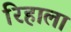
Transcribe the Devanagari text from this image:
रिहाला